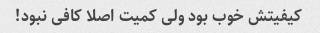
کیفیتش خوب بود ولی کمیت اصلا کافی نبود!